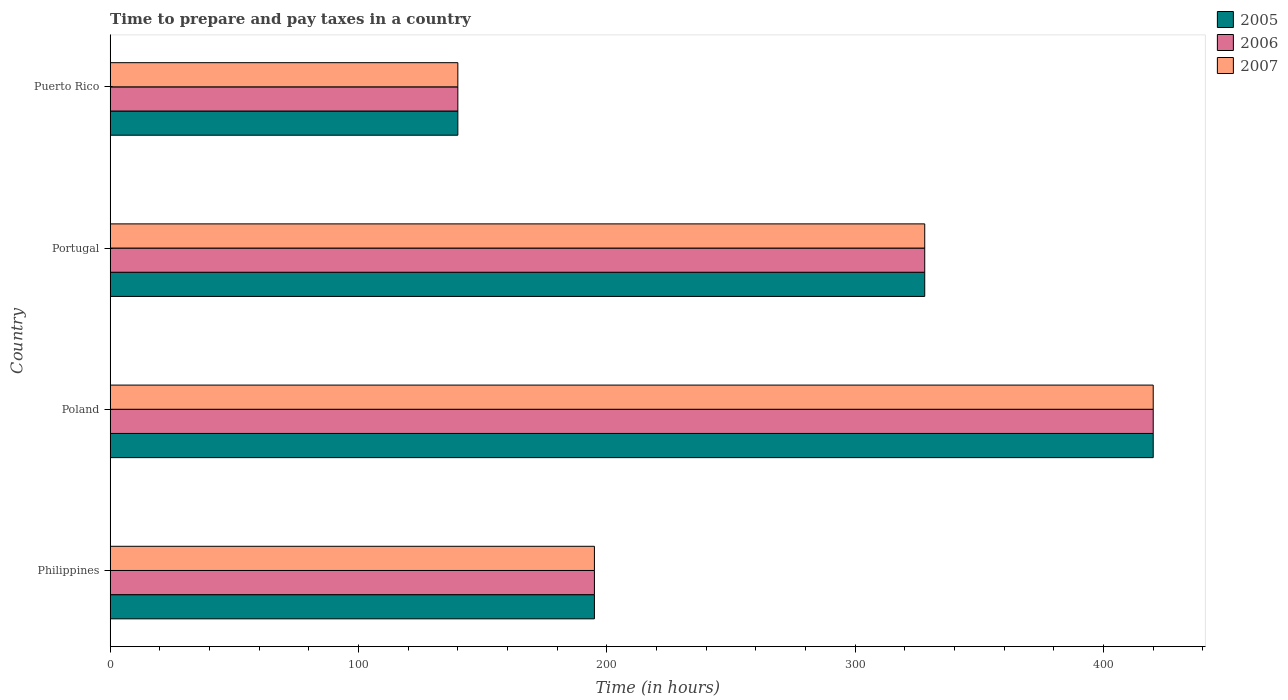
| Country | 2005 | 2006 | 2007 |
 | --- | --- | --- | --- |
 | Philippines | 195 | 195 | 195 |
 | Poland | 420 | 420 | 420 |
 | Portugal | 328 | 328 | 328 |
 | Puerto Rico | 140 | 140 | 140 |